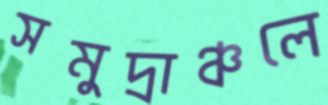
সমুদ্রাঞ্চলে